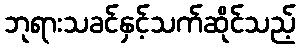
ဘုရားသခင်နှင့်သက်ဆိုင်သည့်